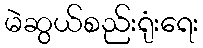
မဲဆွယ်စည်းရုံးရေး